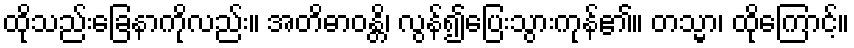
ထိုသည်းခြေနာကိုလည်း။ အတိဓာဝန္တိ၊ လွန်၍ပြေးသွားကုန်၏။ တသ္မာ၊ ထိုကြောင့်။